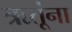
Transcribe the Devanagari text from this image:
ऋतूंना